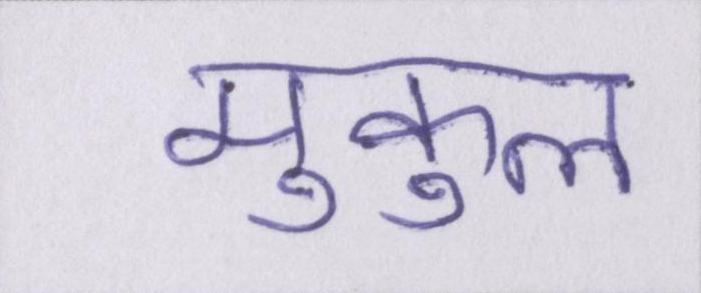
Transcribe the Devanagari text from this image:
मुकुल